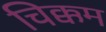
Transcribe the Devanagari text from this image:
चिक्कम